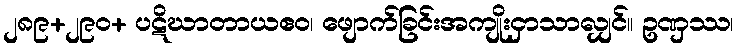
၂၈၉+၂၉၀+ ပဋိဃာတာယဧဝ၊ ဖျောက်ခြင်းအကျိုးငှာသာလျှင်။ ဥဏှဿ၊